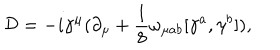
LaTeX: { \cal D } = - i { \gamma } ^ { \mu } ( { \partial } _ { \mu } + \frac { 1 } { 8 } { \omega } _ { { \mu } a b } [ { \gamma } ^ { a } , { \gamma } ^ { b } ] ) ,